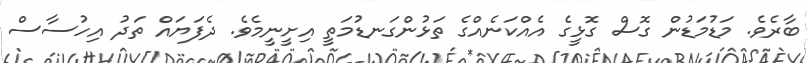
ބާރެވެ. މަޑުމަޑުން ގޮސް ގޮޅީގެ އެއްކަނެއްގެ ތަޅުންގަނޑުމަތީ އިށީނީމެވެ. ދެފަޔައް ތަދު އިހުސާސް